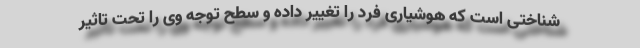
شناختی است که هوشیاری فرد را تغییر داده و سطح توجه وی را تحت تاثیر